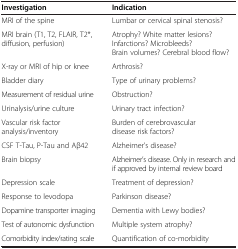
<table><thead><tr><td><b>Investigation</b></td><td><b>Indication</b></td></tr></thead><tbody><tr><td>MRI of the spine</td><td>Lumbar or cervical spinal stenosis?</td></tr><tr><td>MRI brain (T1, T2, FLAIR, T2*, diffusion, perfusion)</td><td>Atrophy? White matter lesions? Infarctions? Microbleeds? Brain volumes? Cerebral blood flow?</td></tr><tr><td>X-ray or MRI of hip or knee</td><td>Arthrosis?</td></tr><tr><td>Bladder diary</td><td>Type of urinary problems?</td></tr><tr><td>Measurement of residual urine</td><td>Obstruction?</td></tr><tr><td>Urinalysis/urine culture</td><td>Urinary tract infection?</td></tr><tr><td>Vascular risk factor analysis/inventory</td><td>Burden of cerebrovascular disease risk factors?</td></tr><tr><td>CSF T-Tau, P-Tau and Aβ42</td><td>Alzheimer’s disease?</td></tr><tr><td>Brain biopsy</td><td>Alzheimer’s disease. Only in research and if approved by internal review board</td></tr><tr><td>Depression scale</td><td>Treatment of depression?</td></tr><tr><td>Response to levodopa</td><td>Parkinson disease?</td></tr><tr><td>Dopamine transporter imaging</td><td>Dementia with Lewy bodies?</td></tr><tr><td>Test of autonomic dysfunction</td><td>Multiple system atrophy?</td></tr><tr><td>Comorbidity index/rating scale</td><td>Quantification of co-morbidity</td></tr></tbody></table>